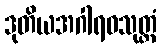
ဒုတိယအဂါရဝသုတ္တံ